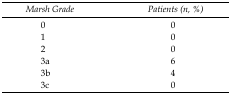
<table><thead><tr><td><b>Marsh Grade</b></td><td><b>Patients (n, %)</b></td></tr></thead><tbody><tr><td>0</td><td>0</td></tr><tr><td>1</td><td>0</td></tr><tr><td>2</td><td>0</td></tr><tr><td>3a</td><td>6</td></tr><tr><td>3b</td><td>4</td></tr><tr><td>3c</td><td>0</td></tr></tbody></table>